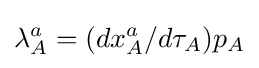
\lambda _{A}^{a}=(dx_{A}^{a}/d\tau _{A})p_{A}